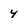
Character: 4